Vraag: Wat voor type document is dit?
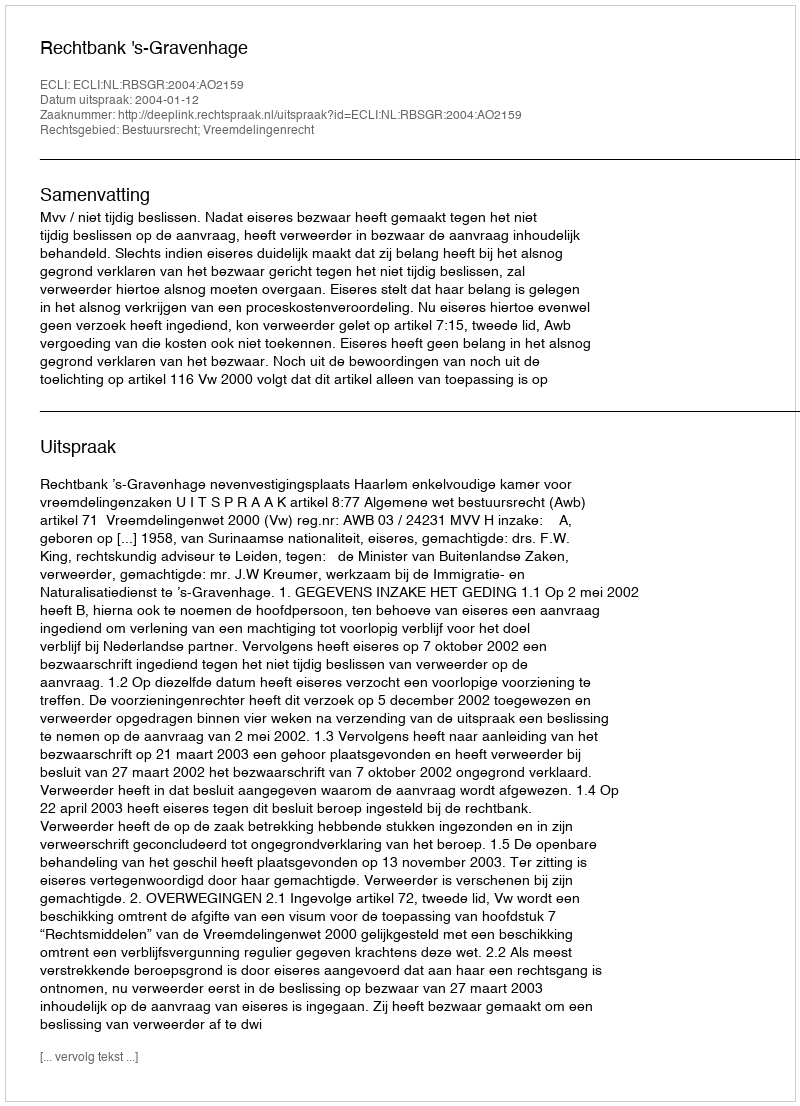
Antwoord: Uitspraak